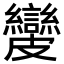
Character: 𥀺